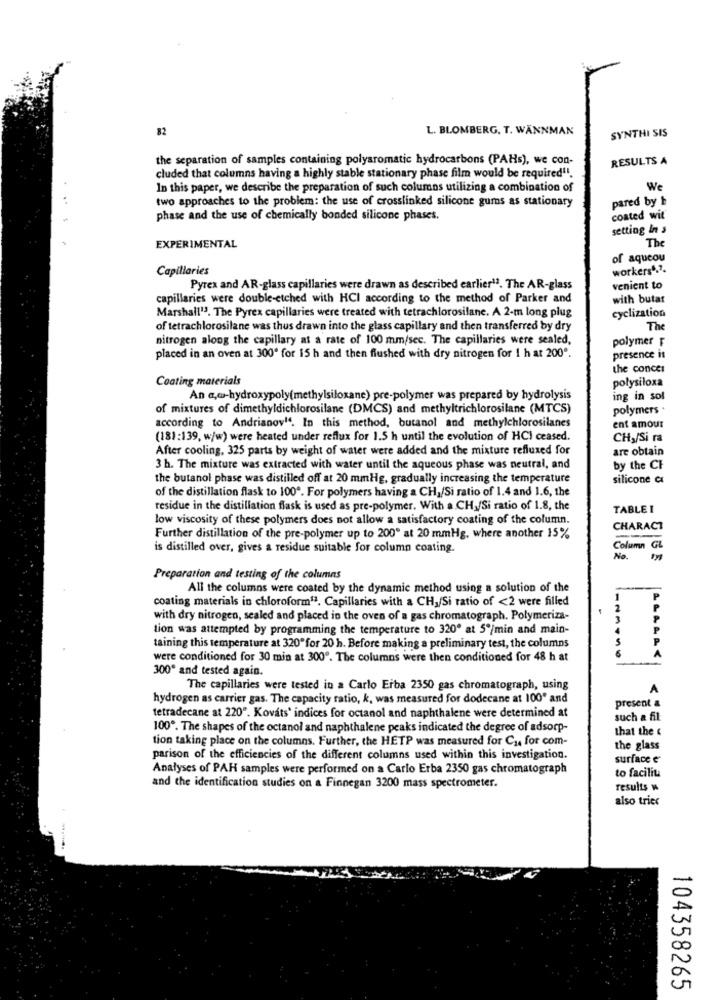
82
L. BLOMBERG. T. WANNMAN
SYNTHI SIS
the separation of samples containing polyaromatic hydrocarbons (PAHs), we con-
RESULTS A
cluded that columns having a highly stable stationary phase film would be required1.
In this paper, we describe the preparation of such columns utilizing a combination of
We
two approaches to the problem: the use of crosslinked silicone gums as stationary
pared by b
phase and the use of chemically bonded silicone phases.
coated wit
setting In s
EXPERIMENTAL
The
of aqueou
Capillaries
workers4.7.
Pyrex and AR-glass capillaries were drawn as described earlier12. The AR-glass
venient to
capillaries were double-etched with HCI according to the method of Parker and
with butar
Marshall13. The Pyrex capillaries were treated with tetrachlorosilane. A 2-m long plug
cyclization
of tetrachlorosilane was thus drawn into the glass capillary and then transferred by dry
The
nitrogen along the capillary at a rate of 100 mm/sec. The capillaries were sealed,
polymer F
placed in an oven at 300º for 15 h and then flushed with dry nitrogen for 1 h at 200".
presence it
the concer
Coating materials
polysiłoxa
An a,w-hydroxypoly(methylsiloxane) pre-polymer was prepared by hydrolysis
ing in sol
of mixtures of dimethyldichlorosilane (DMCS) and methyltrichlorosilane (MTCS)
polymers .
according to Andrianov". In this method, butanol and methylchlorosilanes
ent amour
(18):139, w/w) were heated under reflux for 1.5 h until the evolution of HCI ceased.
CHy/Si ra
After cooling, 325 parts by weight of water were added and the mixture refluxed for
are obtain
3 h. The mixture was extracted with water until the aqueous phase was neutral, and
by the CF
the butanol phase was distilled off at 20 mmHg, gradually increasing the temperature
silicone a
of the distillation flask to 100ª. For polymers having a CH,/Si ratio of 1.4 and 1.6, the
residue in the distillation flask is used as pre-polymer. With a CH /Si ratio of 1.8, the
TABLE I
low viscosity of these polymers does not allow a satisfactory coating of the column.
CHARACT
Further distillation of the pre-polymer up to 200" at 20 mmHg, where another 15%
is distilled over, gives a residue suitable for column coating.
Column G
No.
Preparation and testing of the columns
All the columns were coated by the dynamic method using a solution of the
coating materials in chloroform13. Capillaries with a CH,/Si ratio of <2 were filled
with dry nitrogen, sealed and placed in the oven of a gas chromatograph. Polymeriza-
tion was attempted by programming the temperature to 320º at 5º/min and main-
taining this temperature at 320"for 20 h. Before making a preliminary test, the columns
were conditioned for 30 min at 300º. The columns were then conditioned for 48 h at
300º and tested again.
The capillaries were tested in a Carlo Erba 2350 gas chromatograph, using
hydrogen as carrier gas. The capacity ratio, k, was measured for dodecane at 100" and
present a
tetradecane at 220". Kováts' indices for octanol and naphthalene were determined at
such a fil
100º. The shapes of the octanol and naphthalene peaks indicated the degree of adsorp-
that the
tion taking place on the columns. Further, the HETP was measured for Cy for com-
the glass
parison of the efficiencies of the different columns used within this investigation.
surface e
Analyses of PAH samples were performed on a Carlo Erba 2350 gas chromatograph
to facilit
and the identification studies on a Finnegan 3200 mass spectrometer.
results w
also trier
104358265